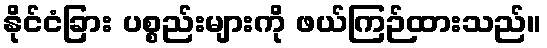
နိုင်ငံခြား ပစ္စည်းများကို ဖယ်ကြဉ်ထားသည်။